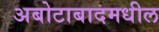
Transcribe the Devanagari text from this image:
अबोटाबादमधील